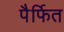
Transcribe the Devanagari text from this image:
पैर्फित